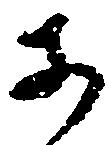
等